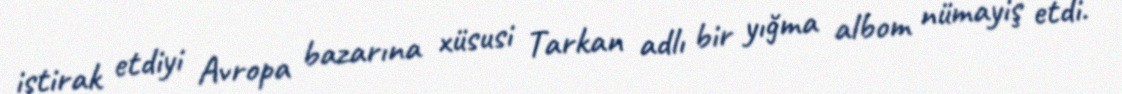
iştirak etdiyi Avropa bazarına xüsusi Tarkan adlı bir yığma albom nümayiş etdi.